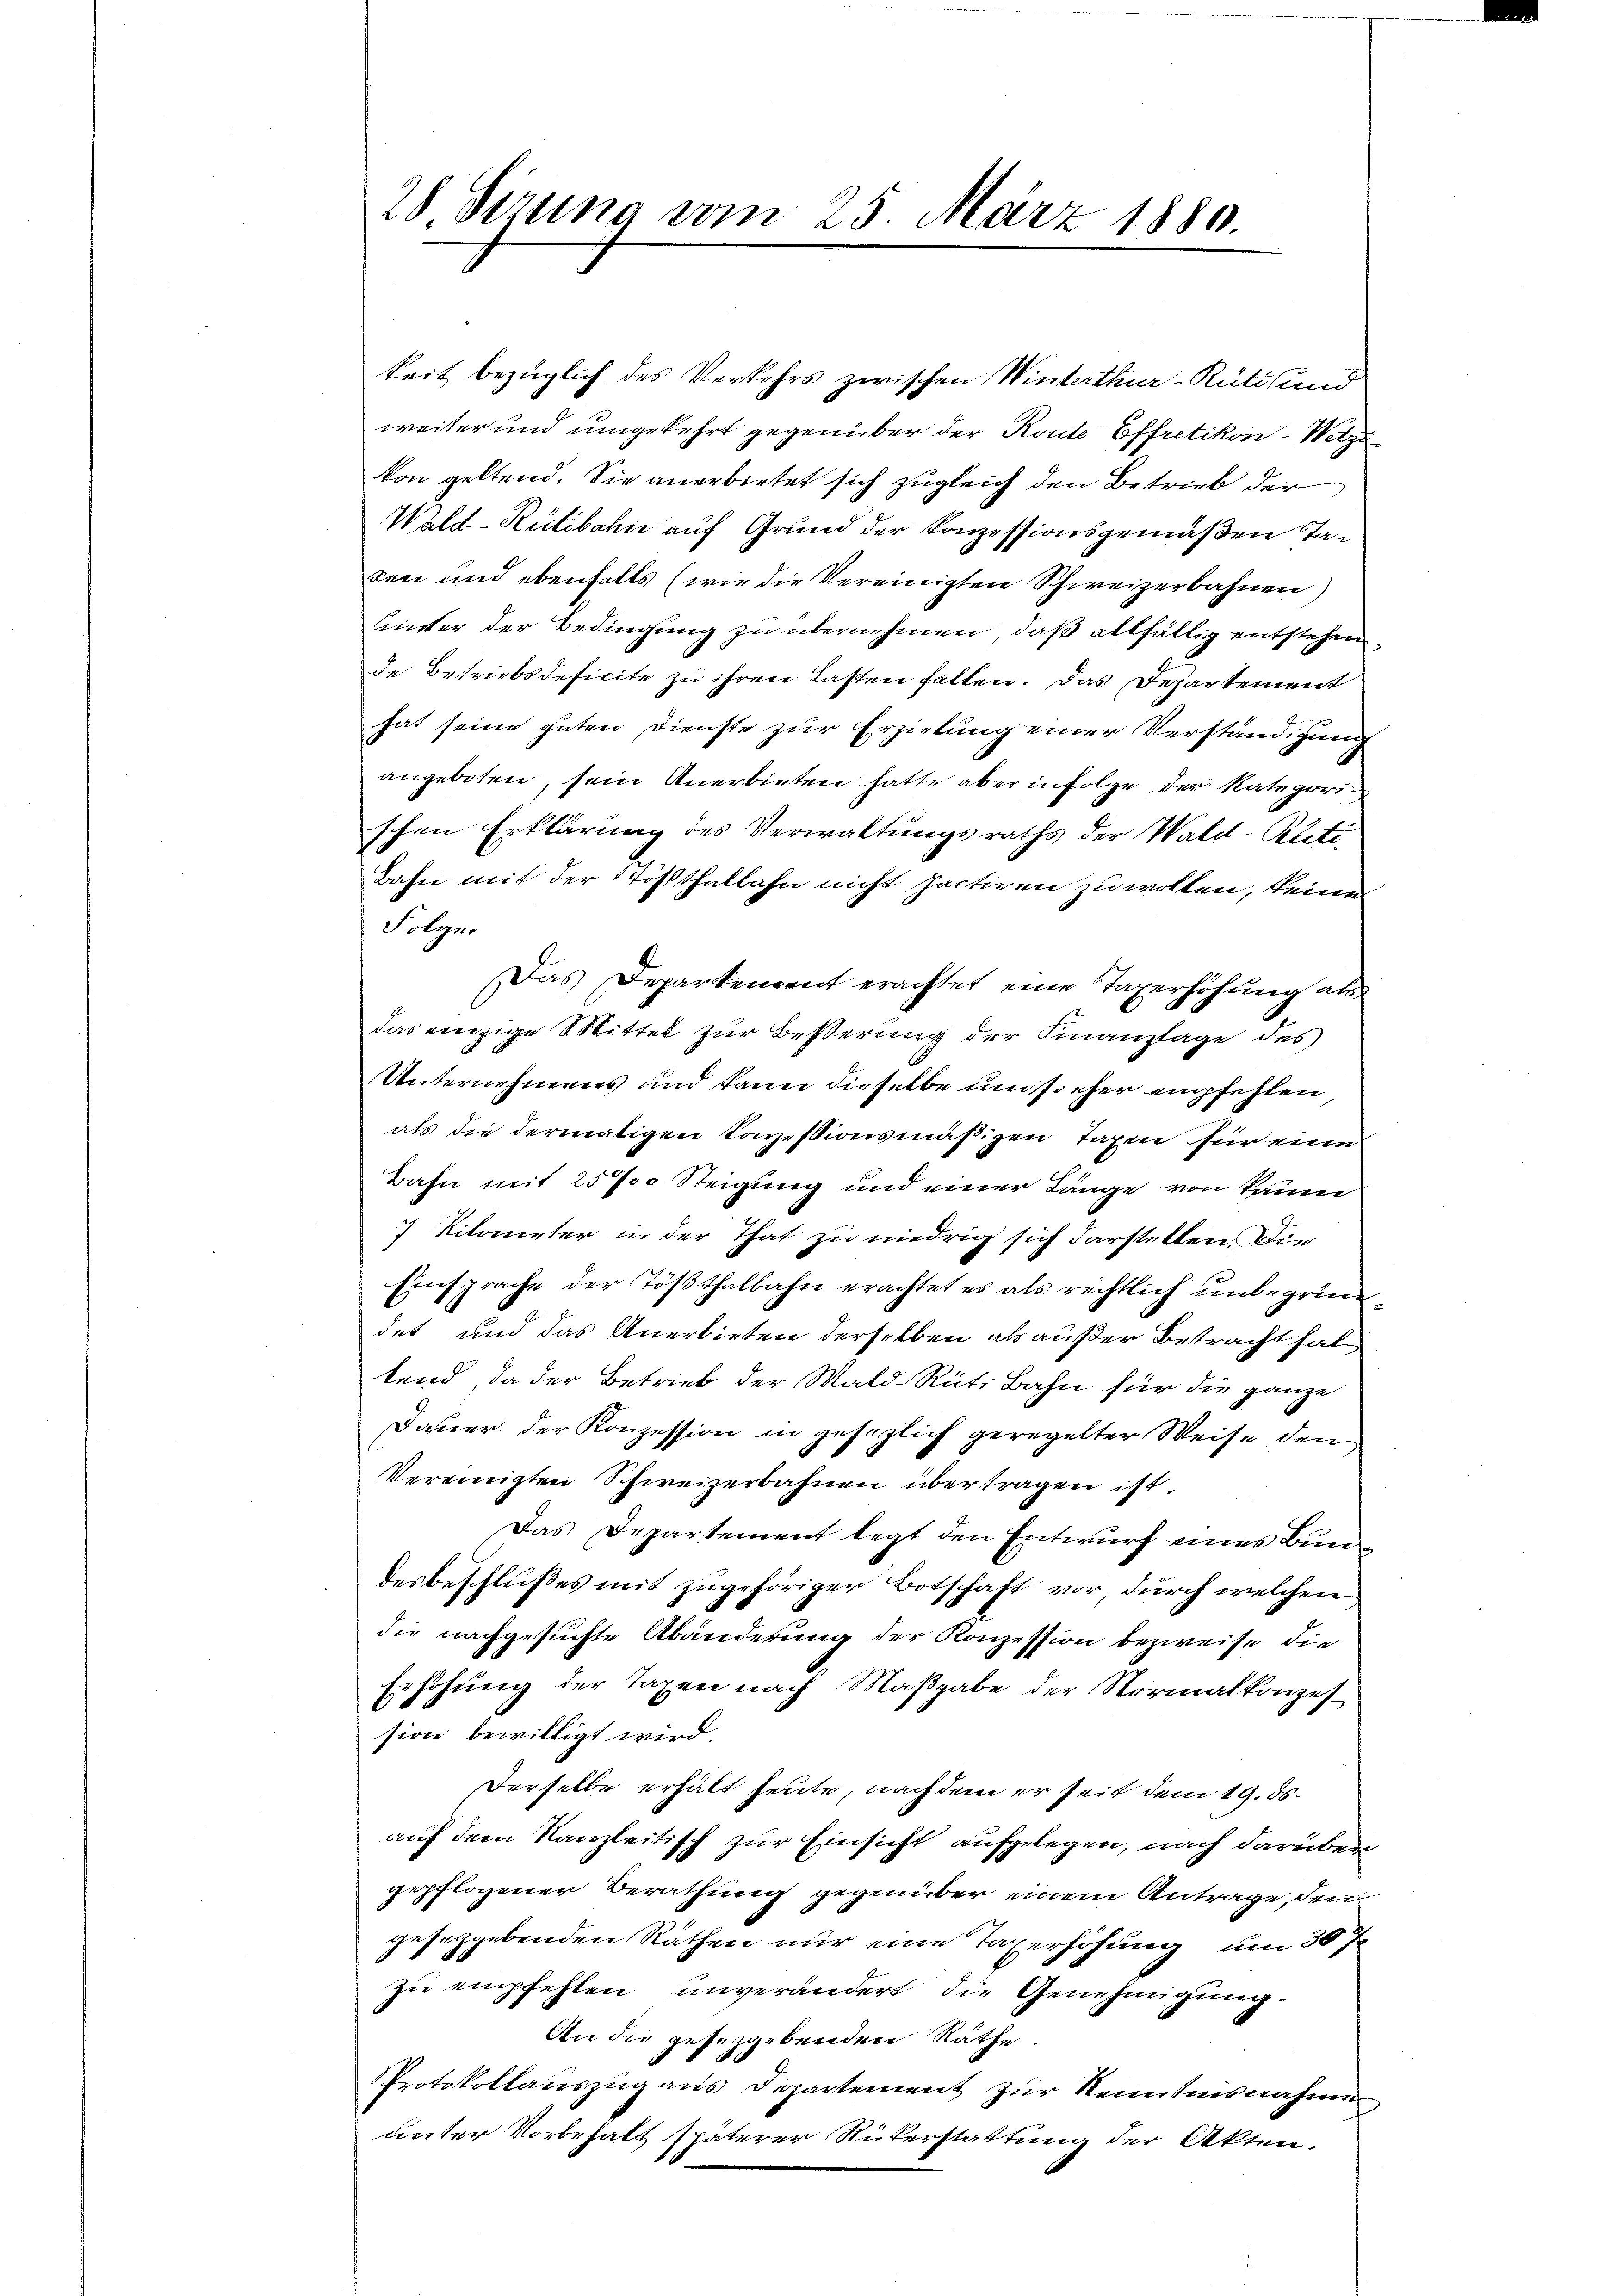
28 Sizung vom 25. März 1880.

keit bezüglich des Verkehrs zwischen Winterthur-Rüti und
weiter und umgekehrt gegenüber der Konte Effretikon - Wetzikon geltend. Sie anerbietet sich zugleich den Betrieb der
Wald–Rütibahn auf Grund der Konzessionsgemäßen Taten und ebenfalls (wie die Vereinigten Schweizerbahnen)
hnster der Bedingung zu übernehmen, daß allfällig entstehen
de Betriebsdeficite zu ihren Lasten fallen. Das Departement
hat seine guten Dienste zur Erzielung einer Verständigung
angeboten, sein Anerbieten hatte aber in Folge der Kategorischen Erklärung des Verwaltungsraths der Wald–Rüti¬
Bahn mit der Tößthalbahn nicht factiren zu wollen, keine
Folger
Das Departement erachtet eine Taxerhöhung als
das einzige Mittel zur Besserung der Finanzlage des
Unternehmens und kann dieselbe um so eher empfehlen
als die dermaligen Conzessionsmäßigen Taxen für eine
Bahn mit 257 Steigung und einer Länge von kann
7 Kilometer in der That zu niedrig sich darstellen. Die
Einsprache der Tößthalbahn erachtet es als rechtlich unbegründet und das Anerbieten derselben als außer Betracht haltend, da der Betrieb der Wald-Rüti Bahn für die ganze
Dauer der Konzession in gesezlich geregelter Weise den
Vereinigten Schweizerbahnen übertragen ist.
Das Departement legt den Entwurf eines Bundesbeschlußes mit zugehöriger Botschaft vor durch welchen
die nachgesuchte Abänderung der Konzession bezweife, die
Erhöhung der Taxen nach Maβgabe der Normalkonzession bewilligt wird
Derselbe erhält heute, nach dem er seit dem 19. ds.
auf dem Kanzleitisch zur Einsicht aufgelegen, nach darüber
gepflogener Berathung gegenüber einem Antrage, den
geseggebenden Rathen nur eine Taxerhöhung, um 30 Fr.
zu empfehlen unverändert die Genehmigung.
An die gesezgebenden Räthe.
Protokollauszug aus Departement zur Kenntnisnahme
unter Vorbehalt späterer Rükerstattung der Akten.